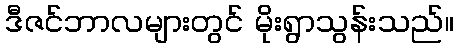
ဒီဇင်ဘာလများတွင် မိုးရွာသွန်းသည်။